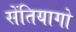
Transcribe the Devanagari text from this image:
सेंतियागो